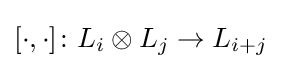
[\cdot ,\cdot ]\colon L_{i}\otimes L_{j}\to L_{i+j}